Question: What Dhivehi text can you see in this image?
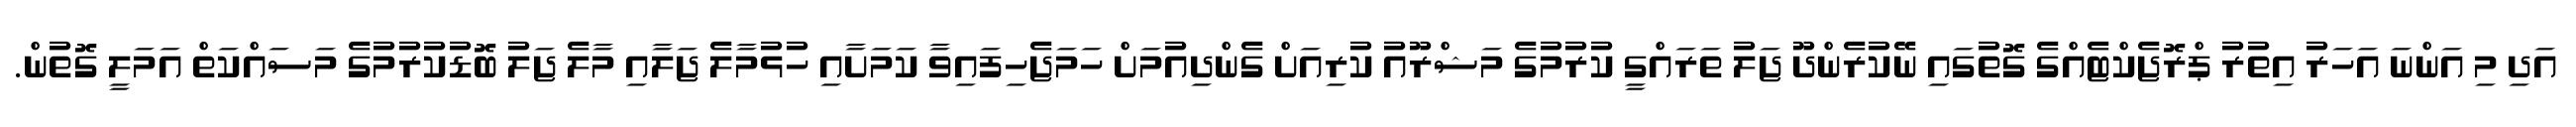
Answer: އަދި މި އަންނަ އަހަރު އިތުރު ޕްރޮޖެކްޓެއްގެ ގޮތުގައި ނޭކުރެންދޫ ޖަލު ތަރައްގީ ކުރުމުގެ މަޝްރޫއު ކުރިއަށް ގެންދިއުމަށް ހަމަޖެހިފައިވާ ކަމަށާއި ހުޅުމާލެ ޖަލާއި މާލެ ޖަލު ބޮޑުކުރުމުގެ މަސައްކަތް އަމަލީ ގޮތުން.